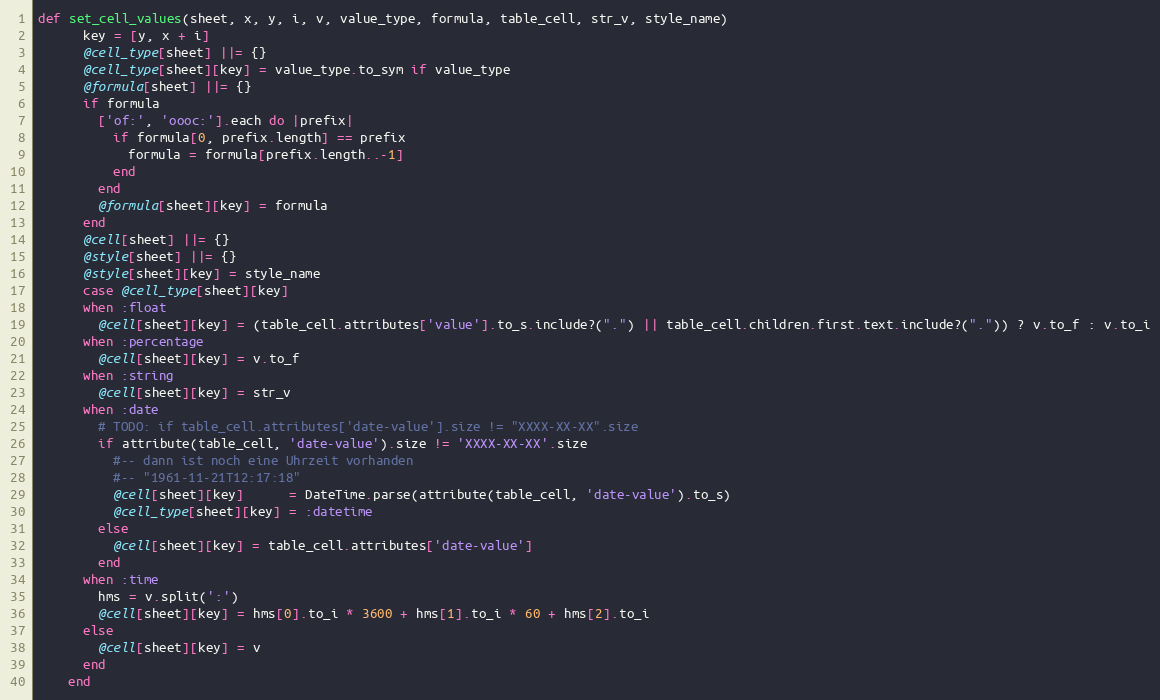
Language: Ruby
def set_cell_values(sheet, x, y, i, v, value_type, formula, table_cell, str_v, style_name)
      key = [y, x + i]
      @cell_type[sheet] ||= {}
      @cell_type[sheet][key] = value_type.to_sym if value_type
      @formula[sheet] ||= {}
      if formula
        ['of:', 'oooc:'].each do |prefix|
          if formula[0, prefix.length] == prefix
            formula = formula[prefix.length..-1]
          end
        end
        @formula[sheet][key] = formula
      end
      @cell[sheet] ||= {}
      @style[sheet] ||= {}
      @style[sheet][key] = style_name
      case @cell_type[sheet][key]
      when :float
        @cell[sheet][key] = (table_cell.attributes['value'].to_s.include?(".") || table_cell.children.first.text.include?(".")) ? v.to_f : v.to_i
      when :percentage
        @cell[sheet][key] = v.to_f
      when :string
        @cell[sheet][key] = str_v
      when :date
        # TODO: if table_cell.attributes['date-value'].size != "XXXX-XX-XX".size
        if attribute(table_cell, 'date-value').size != 'XXXX-XX-XX'.size
          #-- dann ist noch eine Uhrzeit vorhanden
          #-- "1961-11-21T12:17:18"
          @cell[sheet][key]      = DateTime.parse(attribute(table_cell, 'date-value').to_s)
          @cell_type[sheet][key] = :datetime
        else
          @cell[sheet][key] = table_cell.attributes['date-value']
        end
      when :time
        hms = v.split(':')
        @cell[sheet][key] = hms[0].to_i * 3600 + hms[1].to_i * 60 + hms[2].to_i
      else
        @cell[sheet][key] = v
      end
    end